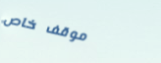
موقف خاص